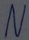
Text: N